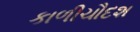
કાળીચૌદશ